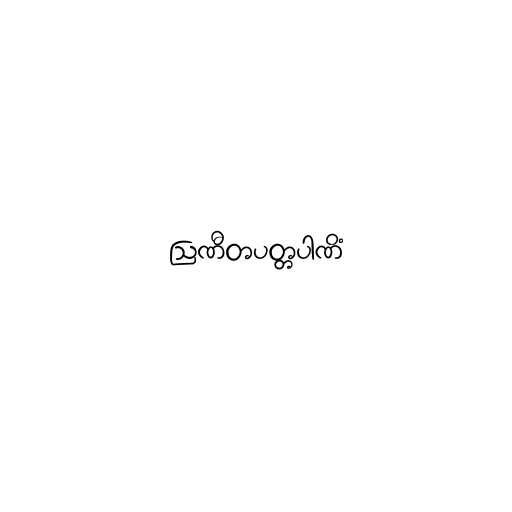
ဩဏီတပတ္တပါဏိံ